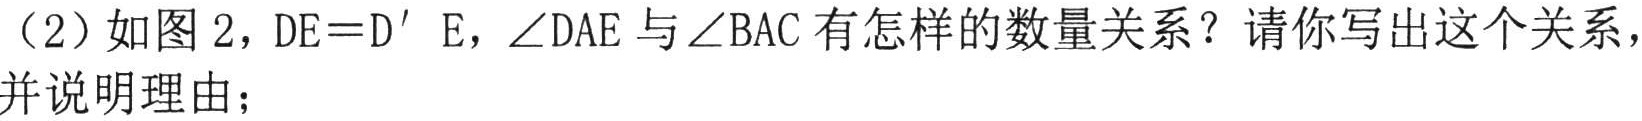
（2）如图 2，\(DE = D'E\)，\(\angle DAE\)与\(\angle BAC\)有怎样的数量关系？请你写出这个关系，并说明理由；